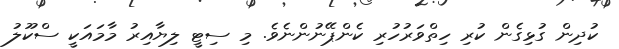
ކުދިން ގުޅިގެން ކުރި ހިތްވަރުހުރި ކެންޕޭނުންނެވެ. މި ސިޓީ ލިޔާއިރު މާމައަކީ ސްކޫލު